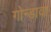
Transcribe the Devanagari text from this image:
गोन्डावा